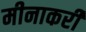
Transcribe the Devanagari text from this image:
मीनाकरी